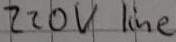
Text: 220V line